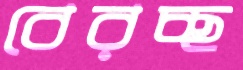
বেরচ্ছ